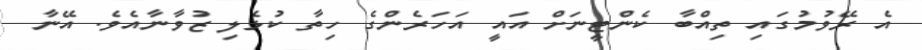
އެ ރޭވުމުގައި ތިއްބާ ކެންޓީނަށް އައީ އަހަރެންގެ ހިތާ ކުޅެލި ޒުވާނާއެވެ. އޭނާ